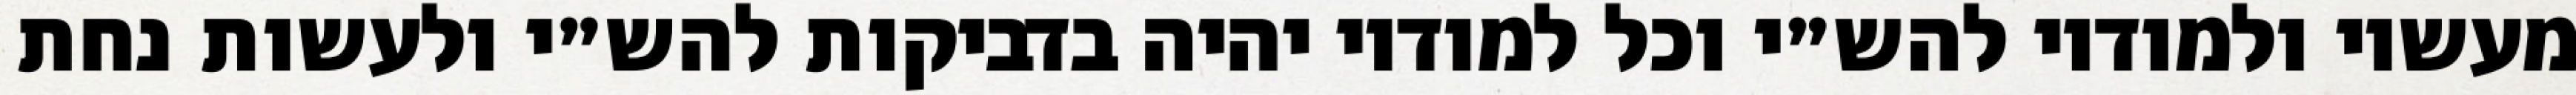
מעשיו ולמודיו להש״י וכל למודיו יהיה בדביקות להש״י ולעשות נחת